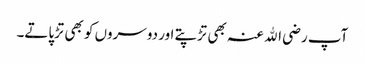
آپ رضی اﷲ عنہ بھی تڑپتے اور دوسروں کو بھی تڑپاتے۔